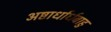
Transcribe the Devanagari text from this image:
अष्टार्धार्धबाहु